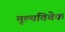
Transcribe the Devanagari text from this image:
मूल्यविवेक